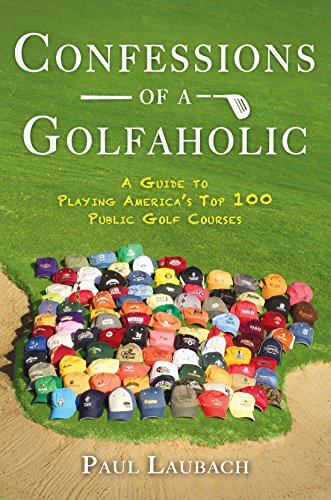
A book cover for Confessions of a Golfaholic: A Guide to Playing America's Top 100 Public Golf Courses; Paul Laubach; Humor & Entertainment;